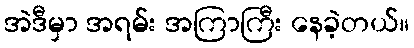
အဲဒီမှာ အရမ်း အကြာကြီး နေခဲ့တယ်။